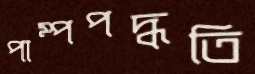
পাম্পপদ্ধতি